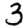
Digit: 3